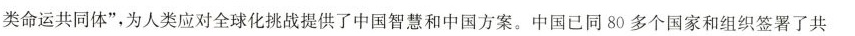
类命运共同体”，为人类应对全球化挑战提供了中国智慧和中国方案。中国已同80多个国家和组织签署了共